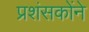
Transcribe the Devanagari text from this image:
प्रशंसकोंने